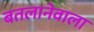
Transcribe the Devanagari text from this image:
बतलानेवाला